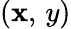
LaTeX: (\mathbf{x},\, y)